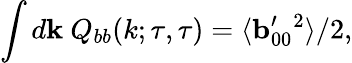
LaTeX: \int d{\mathbf{k}}\ Q_{bb}(k;\tau,\tau)=\langle{{\mathbf{b}}_{00}^{\prime}{}^{2}}\rangle/2,